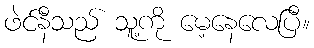
ဖဲင်နီသည် သူ့ကို မေ့နေလေပြီ။